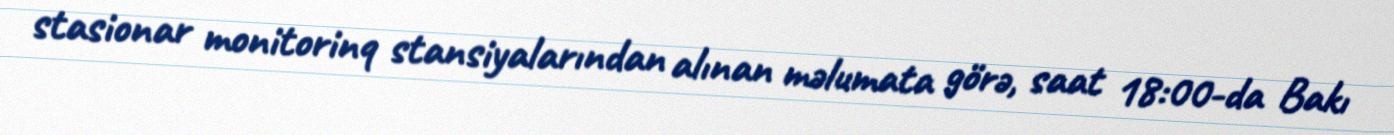
stasionar monitorinq stansiyalarından alınan məlumata görə, saat 18:00-da Bakı